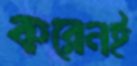
করেনই